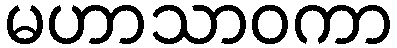
မဟာသာဝကာ